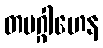
တမဂ္ဂါဟေန